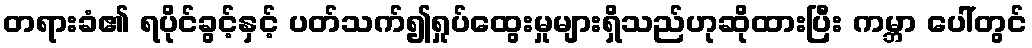
တရားခံ၏ ရပိုင်ခွင့်နှင့် ပတ်သက်၍ရှုပ်ထွေးမှုများရှိသည်ဟုဆိုထားပြီး ကမ္ဘာ ပေါ်တွင်